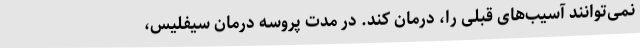
نمی‌توانند آسیب‌های قبلی را، درمان کند. در مدت پروسه درمان سیفلیس،